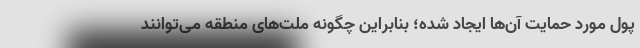
پول مورد حمایت آن‌ها ایجاد شده؛ بنابراین چگونه ملت‌های منطقه می‌توانند